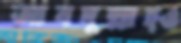
আবদুল্লাহ্ও